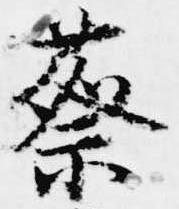
蔡